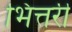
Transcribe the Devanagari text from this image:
भित्तरी